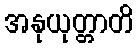
အနုယုတ္တာတိ